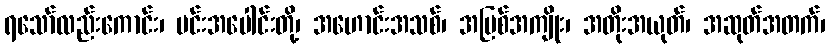
ရသော်လည်းကောင်း၊ မင်းအပေါင်းတို့၊ အဟောင်းအသစ်၊ အပြစ်အကျိုး၊ အတိုးအယုတ်၊ အဆုတ်အတက်၊